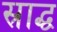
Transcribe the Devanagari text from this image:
स्राद्ध